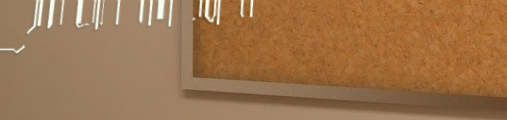
مركز لترميم الأثاث   إعاد